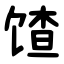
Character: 馇